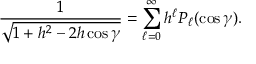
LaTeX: { \frac { 1 } { \sqrt { 1 + h ^ { 2 } - 2 h \cos \gamma } } } = \sum _ { \ell = 0 } ^ { \infty } h ^ { \ell } P _ { \ell } ( \cos \gamma ) .